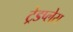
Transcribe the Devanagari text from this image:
ट्रेडप्लेस